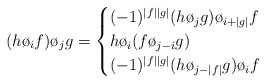
\begin{align*}(h\o_i f)\o_j g=\begin{cases} (-1)^{|f||g|} (h\o_j g)\o_{i+|g|}f &\\ h\o_i(f\o_{j-i}g) &\\ (-1)^{|f||g|}(h\o_{j-|f|}g)\o_i f & \end{cases}\end{align*}